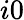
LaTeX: i0